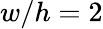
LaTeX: w/h=2